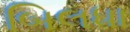
બિલધા